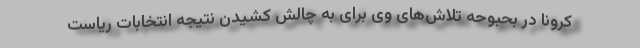
کرونا در بحبوحه تلاش‌های وی برای به چالش کشیدن نتیجه انتخابات ریاست